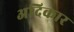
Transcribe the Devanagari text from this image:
अदिकार